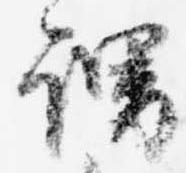
謂